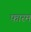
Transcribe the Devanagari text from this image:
फारम